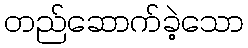
တည်ဆောက်ခဲ့သော